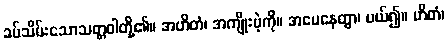
ခပ်သိမ်းသောသတ္တဝါတို့၏။ အဟိတံ၊ အကျိုးမဲ့ကို။ အပေနေတွာ၊ ပယ်၍။ ဟိတံ၊